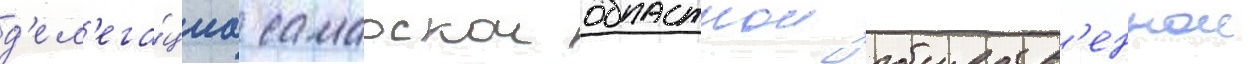
д'ел'ега́циа самарскои областнои обществ'еннои